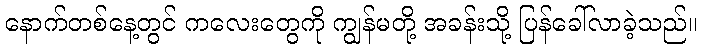
နောက်တစ်နေ့တွင် ကလေးတွေကို ကျွန်မတို့ အခန်းသို့ ပြန်ခေါ်လာခဲ့သည်။